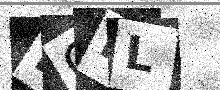
Text: FONL